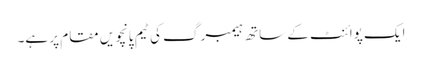
ایک پوائنٹ کے ساتھ ہیمبرگ کی ٹیم پانچویں مقام پر ہے۔